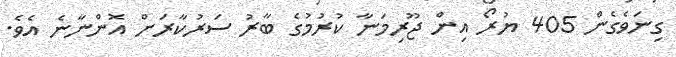
ގިނަވެގެން 405 ޔުރޯ އިން ޖޫރިމަނާ ކުރުމުގެ ބާރު ސަރުކާރަށް އޮންނާނެ އެވެ.